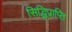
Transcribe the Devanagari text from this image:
सिद्धिप्राप्ति